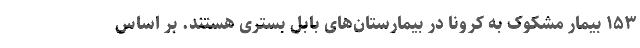
۱۵۳ بیمار مشکوک به کرونا در بیمارستان‌های بابل بستری هستند. بر اساس